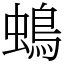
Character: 䳋